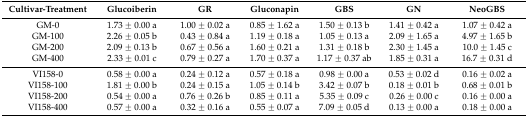
<table><thead><tr><td><b>Cultivar-Treatment</b></td><td><b>Glucoiberin</b></td><td><b>GR</b></td><td><b>Gluconapin</b></td><td><b>GBS</b></td><td><b>GN</b></td><td><b>NeoGBS</b></td></tr></thead><tbody><tr><td>GM-0</td><td>1.73 ± 0.00 a</td><td>1.00 ± 0.02 a</td><td>0.85 ± 1.62 a</td><td>1.50 ± 0.13 b</td><td>1.41 ± 0.42 a</td><td>1.07 ± 0.42 a</td></tr><tr><td>GM-100</td><td>2.26 ± 0.05 b</td><td>0.43 ± 0.84 a</td><td>1.19 ± 0.18 a</td><td>1.05 ± 0.13 a</td><td>2.09 ± 1.65 a</td><td>4.97 ± 1.65 b</td></tr><tr><td>GM-200</td><td>2.09 ± 0.13 b</td><td>0.67 ± 0.56 a</td><td>1.60 ± 0.21 a</td><td>1.31 ± 0.18 b</td><td>2.30 ± 1.45 a</td><td>10.0 ± 1.45 c</td></tr><tr><td>GM-400</td><td>2.33 ± 0.01 c</td><td>0.79 ± 0.27 a</td><td>1.70 ± 0.37 a</td><td>1.17 ± 0.37 ab</td><td>1.85 ± 0.31 a</td><td>16.7 ± 0.31 d</td></tr><tr><td>VI158-0</td><td>0.58 ± 0.00 a</td><td>0.24 ± 0.12 a</td><td>0.57 ± 0.18 a</td><td>0.98 ± 0.00 a</td><td>0.53 ± 0.02 d</td><td>0.16 ± 0.02 a</td></tr><tr><td>VI158-100</td><td>1.81 ± 0.00 b</td><td>0.24 ± 0.15 a</td><td>1.05 ± 0.14 b</td><td>3.42 ± 0.07 b</td><td>0.18 ± 0.01 b</td><td>0.68 ± 0.01 b</td></tr><tr><td>VI158-200</td><td>0.54 ± 0.00 a</td><td>0.76 ± 0.26 b</td><td>0.85 ± 0.11 a</td><td>5.35 ± 0.09 c</td><td>0.26 ± 0.00 c</td><td>0.16 ± 0.00 a</td></tr><tr><td>VI158-400</td><td>0.57 ± 0.00 a</td><td>0.32 ± 0.16 a</td><td>0.55 ± 0.07 a</td><td>7.09 ± 0.05 d</td><td>0.13 ± 0.00 a</td><td>0.18 ± 0.00 a</td></tr></tbody></table>